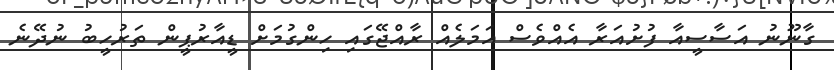
ގާނޫނު އަސާސީއާ ފުށުއަރާ އެއްވެސް އަމަލެއް ރާއްޖޭގައި ހިންގުމަށް ޑީއާރުޕީން ތަރުހީބު ނުދޭނެ